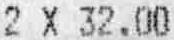
2 X 32.00